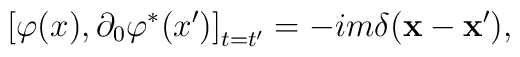
\left[ \varphi (x),\partial_0 \varphi^{*}(x^{\prime })\right]_{t=t^{\prime }}=-im\delta (\mathbf{x}-\mathbf{x}^{\prime }) ,